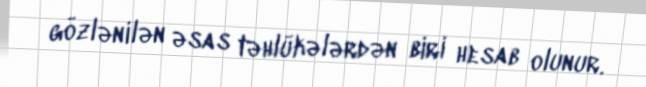
gözlənilən əsas təhlükələrdən biri hesab olunur.